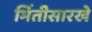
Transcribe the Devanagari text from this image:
भिंतीसारखे